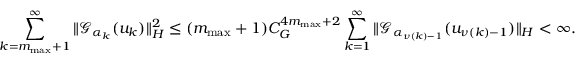
\sum _ { k = { m _ { \mathrm { m a x } } } + 1 } ^ { \infty } \| { \mathcal { G } } _ { \alpha _ { k } } ( u _ { k } ) \| _ { H } ^ { 2 } \leq ( { m _ { \mathrm { m a x } } } + 1 ) C _ { G } ^ { 4 { m _ { \mathrm { m a x } } } + 2 } \sum _ { k = 1 } ^ { \infty } \| { \mathcal { G } } _ { { \alpha } _ { \nu \left( k \right) - 1 } } ( u _ { \nu \left( k \right) - 1 } ) \| _ { H } < \infty .